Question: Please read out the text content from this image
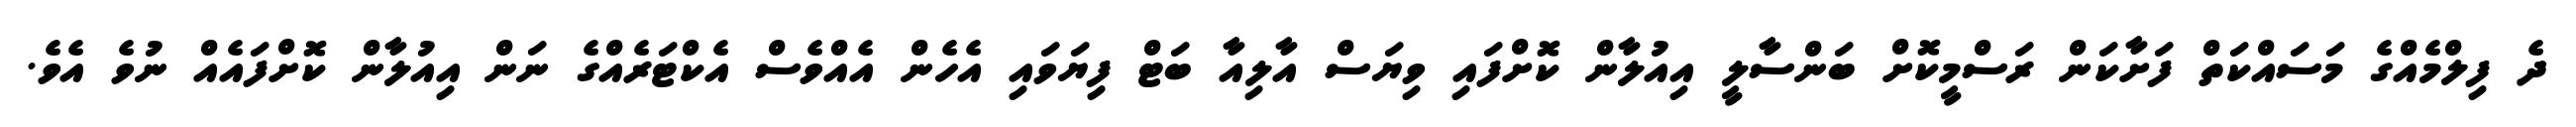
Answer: ދެ ފިލްމެއްގެ މަސައްކަތް ފަށާކަން ރަސްމީކޮށް ބަންސާލީ އިއުލާން ކޮށްފައި ވިޔަސް އާލިއާ ބަޓް ފިޔަވައި އެހެން އެއްވެސް އެކްޓަރެއްގެ ނަން އިއުލާން ކޮށްފައެއް ނުވެ އެވެ.